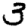
Digit: 3